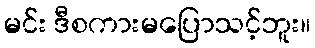
မင်း ဒီစကားမပြောသင့်ဘူး။